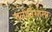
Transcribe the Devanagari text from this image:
राजीतिशारत्र